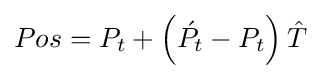
Pos=P_{t}+\left({\acute {P}}_{t}-P_{t}\right){\hat {T}}